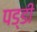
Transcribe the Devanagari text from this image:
पड्डी